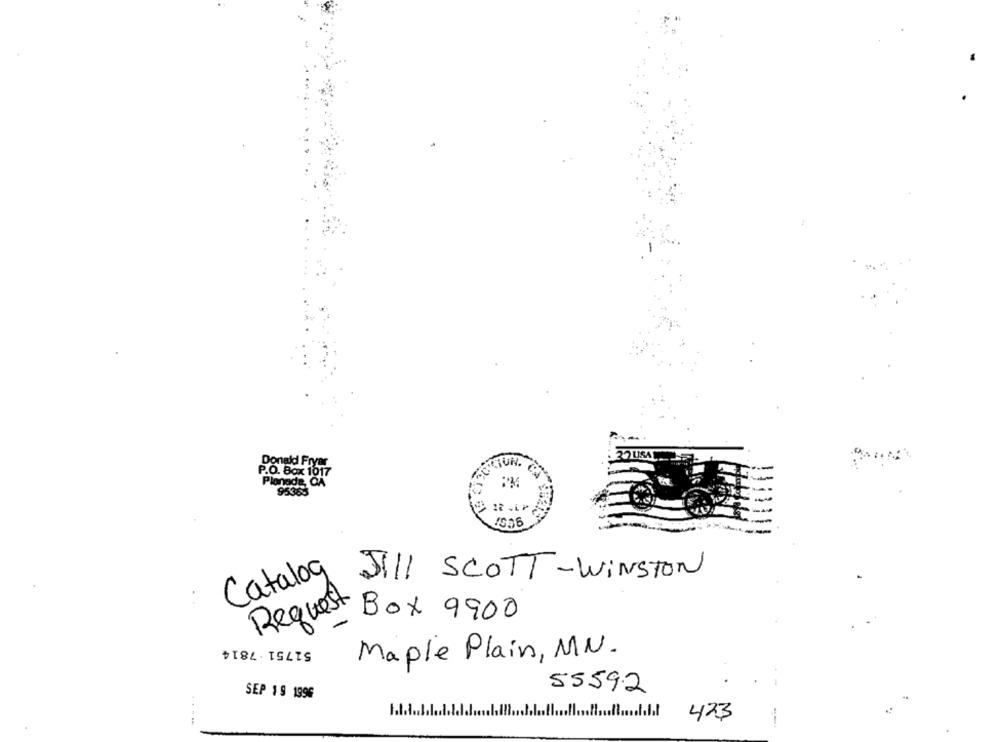
Donald Fryer
P.O. Box 1017
Plonada, CA
95385
Catalog
JILL SCOTT-WINSTON
Request
Box 9900
51751 -7814
Maple Plain, MN.
55592
SEP 19 1996
..
423